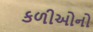
કળીઓનો